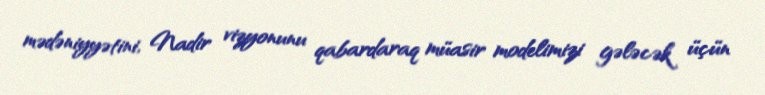
mədəniyyətini, Nadir vizyonunu qabardaraq müasir modelimizi gələcək üçün